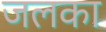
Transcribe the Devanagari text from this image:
जलका